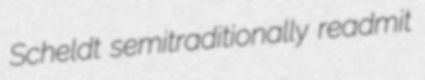
Scheldt semitraditionally readmit